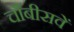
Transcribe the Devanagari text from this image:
चौंबीसवें